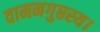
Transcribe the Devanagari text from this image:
वामनगुप्तस्य।